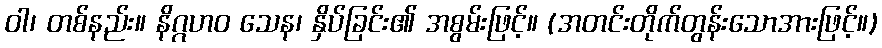
ဝါ၊ တစ်နည်း။ နိဂ္ဂဟဝ သေန၊ နှိပ်ခြင်း၏ အစွမ်းဖြင့်။ (အတင်းတိုက်တွန်းသောအားဖြင့်။)